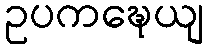
ဥပကဍ္ဎေယျ